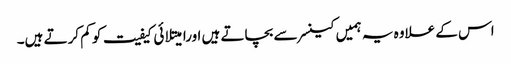
اس کے علاوہ یہ ہمیں کینسر سے بچاتے ہیں اورامیتلائی کیفیت کو کم کرتے ہیں۔